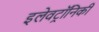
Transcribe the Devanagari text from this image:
इलेवट्रॉनिकी